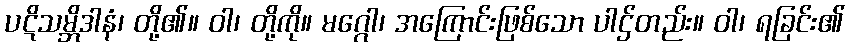
ပဋိသမ္ဘိဒါနံ၊ တို့၏။ ဝါ၊ တို့ကို။ မဂ္ဂေါ၊ အကြောင်းဖြစ်သော ပါဌ်တည်း။ ဝါ၊ ရခြင်း၏